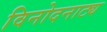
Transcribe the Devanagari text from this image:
विनोदनाट्य